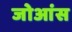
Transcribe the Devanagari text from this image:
जोआंस